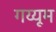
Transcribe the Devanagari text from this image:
गय्यूम